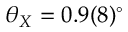
\theta _ { X } = 0 . 9 ( 8 ) ^ { \circ }